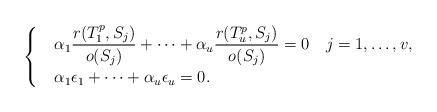
LaTeX: \begin{align*} \begin{cases}&\alpha_1 \displaystyle \frac{r(T_1 ^p, S_j)}{o(S_j)} + \cdots +\alpha_u \displaystyle \frac{r(T_u ^p, S_j)}{o(S_j)} = 0 \ \ \ j=1,\dots,v, \\&\alpha_1 \epsilon_1 + \cdots + \alpha_u \epsilon_u = 0. \end{cases}\end{align*}